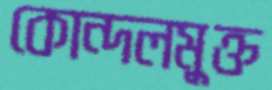
কোন্দলমুক্ত